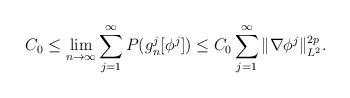
LaTeX: \begin{align*} C_0\leq \lim_{n\to\infty}\sum_{j=1}^{\infty}P(g_n^j[\phi^j])\leq C_0\sum_{j=1}^{\infty}\|\nabla \phi^j\|_{L^2}^{2p}. \end{align*}